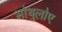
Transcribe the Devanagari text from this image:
मोथुलोए